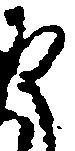
殿